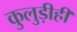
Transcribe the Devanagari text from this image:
कुलुड़ीही